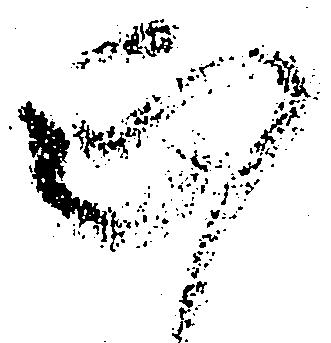
正